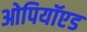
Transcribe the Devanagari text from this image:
ओपियॉएड